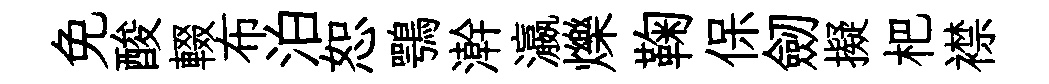
免酸輟布泊恕鶚澣瀛爍鞠保劒擬杷襟